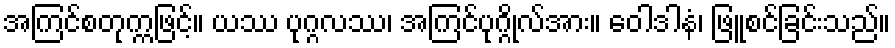
အကြင်စတုက္ကဖြင့်။ ယဿ ပုဂ္ဂလဿ၊ အကြင်ပုဂ္ဂိုလ်အား။ ဝေါဒါနံ၊ ဖြူစင်ခြင်းသည်။